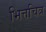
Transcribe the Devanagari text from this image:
भित्तचित्र